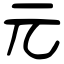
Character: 元